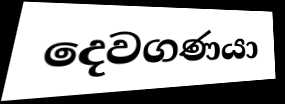
දෙවගණයා